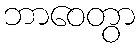
ဘာဝေတွာ